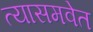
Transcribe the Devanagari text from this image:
त्यासमवेत